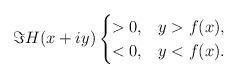
LaTeX: \begin{align*}\Im H(x+iy)\begin{cases}>0, & y>f(x),\\<0, & y<f(x).\end{cases}\end{align*}